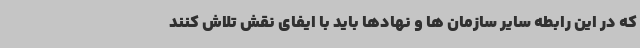
که در این رابطه سایر سازمان ها و نهادها باید با ایفای نقش تلاش کنند